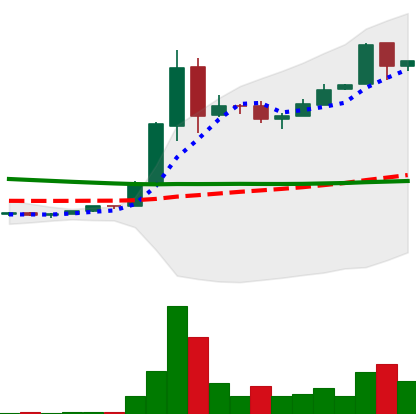
Ticker: DOGE-USD
Chart end date: 2018-09-12
Forward return: -3.284%
Label: down_3_5